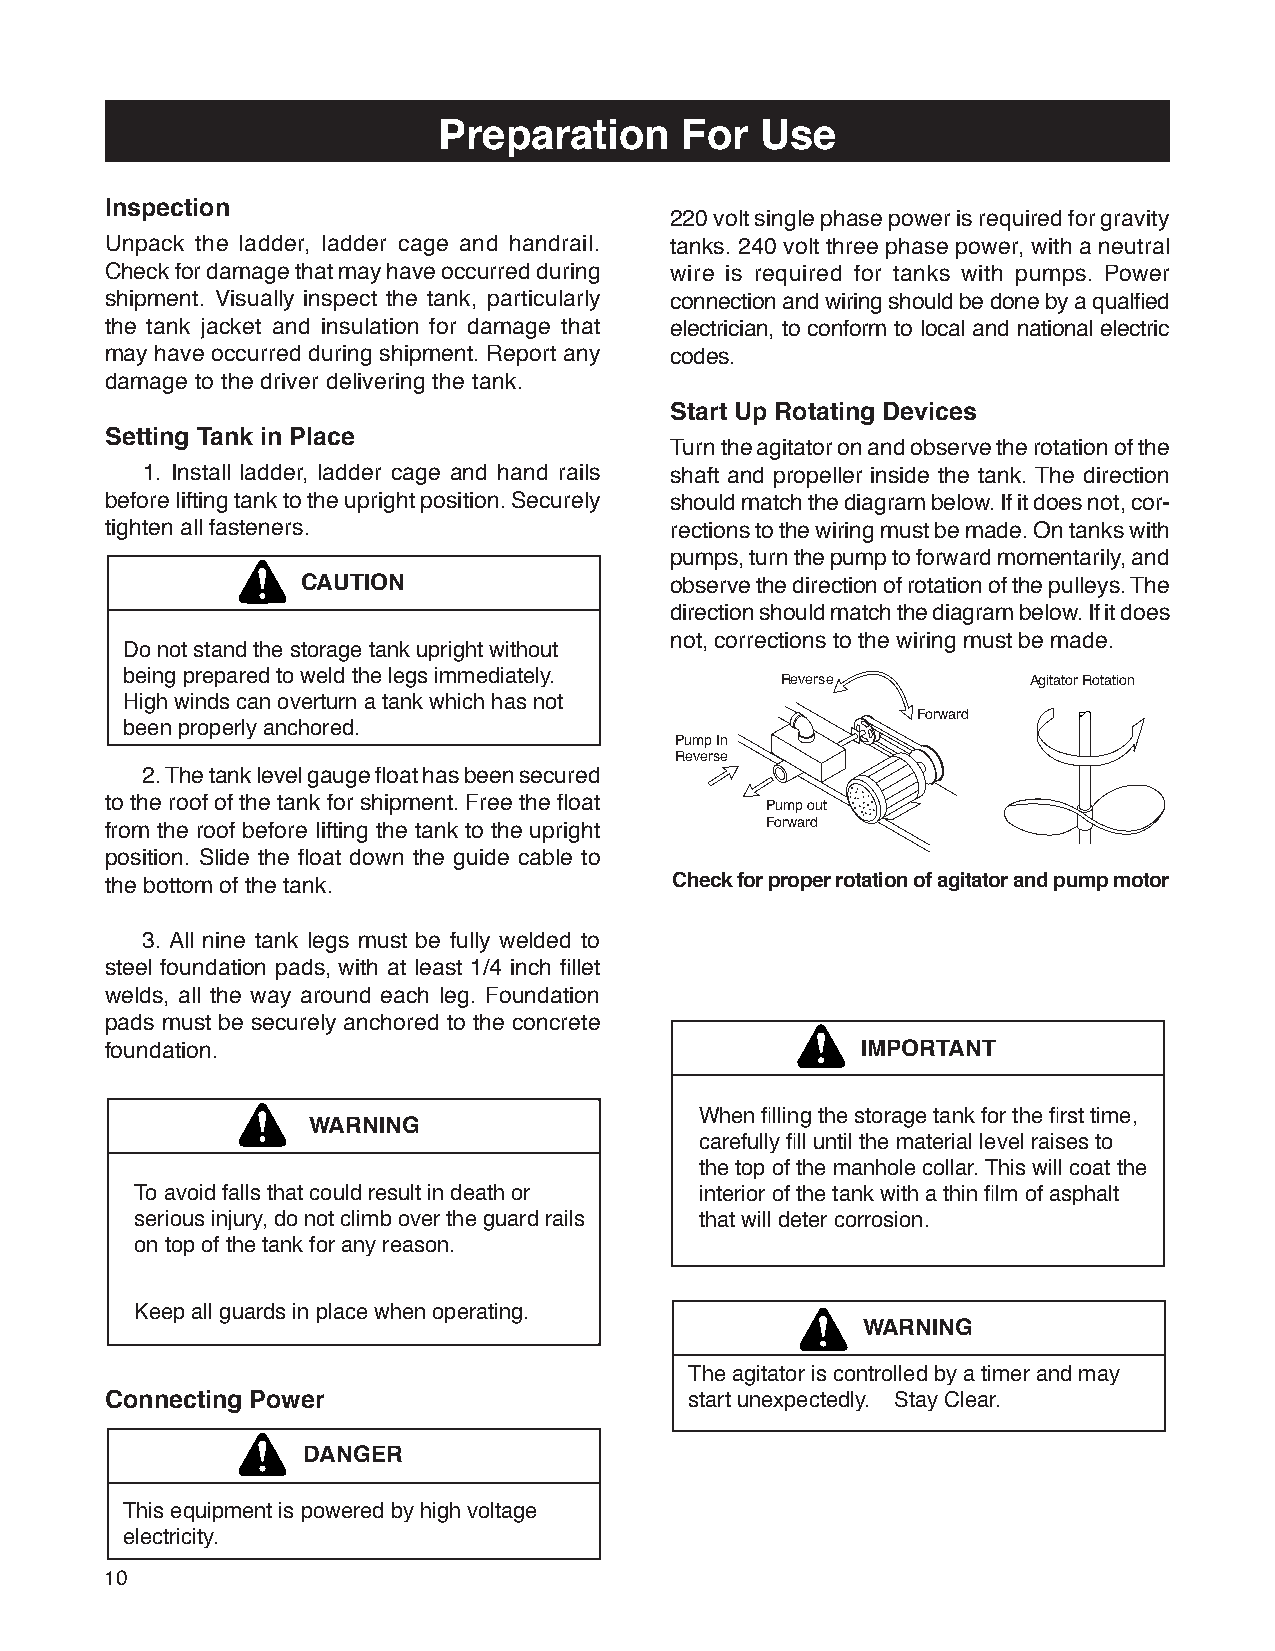
Preparation     For  Use
 Inspection
 220 volt single phase power is required for gravity
 Unpack the ladder, ladder cage and handrail. tanks. 240 volt three phase power, with a neutral
 Check for damage that may have occurred during wire is required for tanks with pumps. Power
 shipment. Visually inspect the tank, particularly connection and wiring should be done by a qualfied
 the tank jacket and insulation for damage that electrician, to conform to local and national electric
 may have occurred during shipment. Report any codes.
 damage to the driver delivering the tank.
 Start Up Rotating Devices
 Setting Tank in Place
 Turn the agitator on and observe the rotation of the
 1. Install ladder, ladder cage and hand rails shaft and propeller inside the tank. The direction
 before lifting tank to the upright position. Securely should match the diagram below. If it does not, cor-
 tighten all fasteners.               rections to the wiring must be made. On tanks with
 pumps, turn the pump to forward momentarily, and
 CAUTION                 observe the direction of rotation of the pulleys. The
 direction should match the diagram below. If it does
 not, corrections to the wiring must be made.
 Do not stand the storage tank upright without
 being prepared to weld the legs immediately. Reverse        Agitator Rotation
 High winds can overturn a tank which has not
 Forward
 been properly anchored.
 Pump In
 Reverse
 2. The tank level gauge float has been secured
 to the roof of the tank for shipment. Free the float Pump out
 Forward
 from the roof before lifting the tank to the upright
 position. Slide the float down the guide cable to
 the bottom of the tank.               Check for proper rotation of agitator and pump motor
 3. All nine tank legs must be fully welded to
 steel foundation pads, with at least 1/4 inch fillet
 welds, all the way around each leg. Foundation
 pads must be securely anchored to the concrete
 foundation.                                       IMPORTANT
 When filling the storage tank for the first time,
 WARNING
 carefully fill until the material level raises to
 the top of the manhole collar. This will coat the
 To avoid falls that could result in death or interior of the tank with a thin film of asphalt
 serious injury, do not climb over the guard rails that will deter corrosion.
 on top of the tank for any reason.
 Keep all guards in place when operating.
 WARNING
 The agitator is controlled by a timer and may
 Connecting Power                       start unexpectedly. Stay Clear.
 DANGER
 This equipment is powered by high voltage
 electricity.
 10